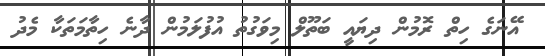
އޭނަގެ ހިތް ރޮމުން ދިޔައީ ބަތޫލް މިވަގުތު އުފުލަމުން ދާނެ ހިތާމަތަކާ މެދު